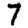
Digit: 7